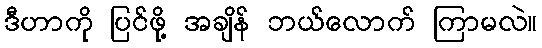
ဒီဟာကို ပြင်ဖို့ အချိန် ဘယ်လောက် ကြာမလဲ။